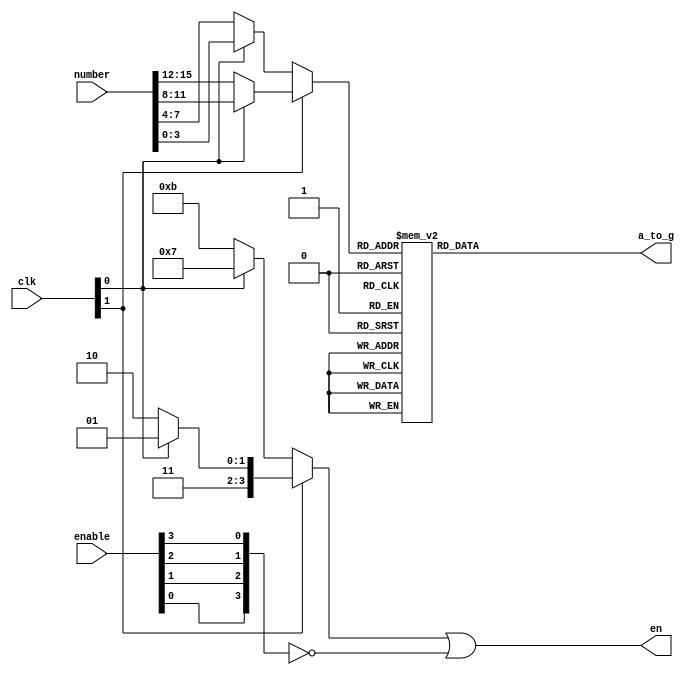
`timescale 1ns / 1ps
//////////////////////////////////////////////////////////////////////////////////
// Company: 
// Engineer: 
// 
// Design Name: 
// Module Name:    Lab5 
// Project Name: 
// Target Devices: 
// Tool versions: 
// Description: 
//
// Dependencies: 
//
// Revision: 
// Revision 0.01 - File Created
// Additional Comments: 
//
//////////////////////////////////////////////////////////////////////////////////
module num(
		input wire [15:0]number,
		input wire [1:0]clk,
		input wire [3:0]enable,
		output reg [6:0]a_to_g,
		output wire [3:0]en
    );
	 
	wire [3:0] num;
	wire [3:0]en_temp;
	assign en_temp = (clk[1])?(clk[0]?4'b1101:4'b1110):(clk[0]?4'b0111:4'b1011);
	assign en = en_temp | ~({enable[0],enable[1],enable[2],enable[3]});
	assign num = (clk[1])?(clk[0]?number[11:8]:number[15:12]):(clk[0]?number[3:0]:number[7:4]);
		
	always @(*)
		case(num)
			4'b0000:a_to_g <= 7'b0000001;
			4'b0001:a_to_g <= 7'b1001111;
			4'b0010:a_to_g <= 7'b0010010;
			4'b0011:a_to_g <= 7'b0000110;
			4'b0100:a_to_g <= 7'b1001100;
			4'b0101:a_to_g <= 7'b0100100;
			4'b0110:a_to_g <= 7'b0100000;
			4'b0111:a_to_g <= 7'b0001111;
			4'b1000:a_to_g <= 7'b0000000;
			4'b1001:a_to_g <= 7'b0000100;
			4'b1010:a_to_g <= 7'b0001000;
			4'b1011:a_to_g <= 7'b1100000;
			4'b1100:a_to_g <= 7'b0110001;
			4'b1101:a_to_g <= 7'b1000010;
			4'b1110:a_to_g <= 7'b0110000;
			4'b1111:a_to_g <= 7'b0111000;
		endcase
	 
endmodule